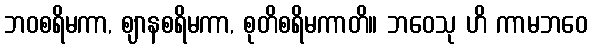
ဘဝစရိမကာ, ဈာနစရိမကာ, စုတိစရိမကာတိ။ ဘဝေသု ဟိ ကာမဘဝေ